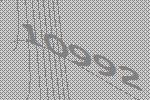
10992